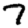
Digit: 7